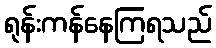
ရုန်းကန်နေကြရသည်